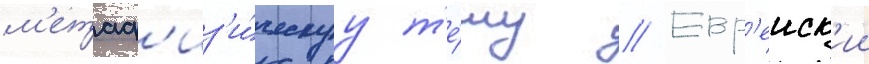
м'етаф'из'и́ческуу т'е́му // Евр'еиск'ии